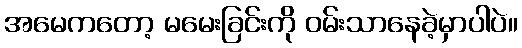
အမေကတော့ မမေးခြင်းကို ဝမ်းသာနေခဲ့မှာပါပဲ။